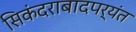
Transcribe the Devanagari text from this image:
सिकंदराबादपर्यंत